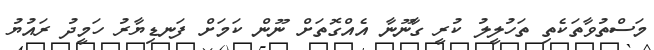
މަސްތުވާތަކެތި ތަހުލީލު ކުރީ ގާނޫނާ އެއްގޮތަށް ނޫން ކަމަށް ފަނޑިޔާރު ހަމީދު ރައުޔު